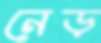
নেড়